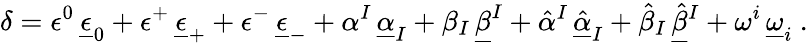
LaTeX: \delta=\epsilon^{0}\, \underline{{\epsilon}}_{0}+\epsilon^{+}\, \underline{{\epsilon}}_{+}+\epsilon^{-}\, \underline{{\epsilon}}_{-}+\alpha^{I}\, \underline{{\alpha}}_{I}+\beta_{I}\, \underline{{\beta}}^{I}+\hat{\alpha}{}^{I}\, \underline{{{\hat{\alpha}}}}_{I}+\hat{\beta}_{I}\, \underline{{{\hat{\beta}}}}{}^{I}+\omega^{i}\, \underline{{\omega}}_{i}\ .